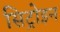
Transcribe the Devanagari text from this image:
सिट्रोइन